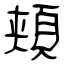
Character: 頬